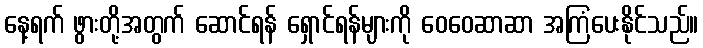
နေ့ရက် ဖွားတို့အတွက် ဆောင်ရန် ရှောင်ရန်များကို ဝေဝေဆာဆာ အကြံပေးနိုင်သည်။